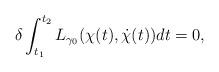
LaTeX: \begin{align*}\delta\int_{t_1}^{t_2}L_{\gamma_0}(\chi(t),\dot\chi(t))dt=0,\end{align*}